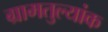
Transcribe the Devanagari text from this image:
ग्रामतुल्यांक